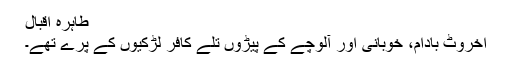
طاہرہ اقبال
اخروٹ بادام، خوبانی اور آلوچے کے پیڑوں تلے کافر لڑکیوں کے پرے تھے۔